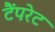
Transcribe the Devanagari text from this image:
टैंपरेट